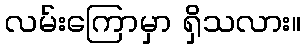
လမ်းကြောမှာ ရှိသလား။